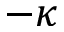
- \kappa